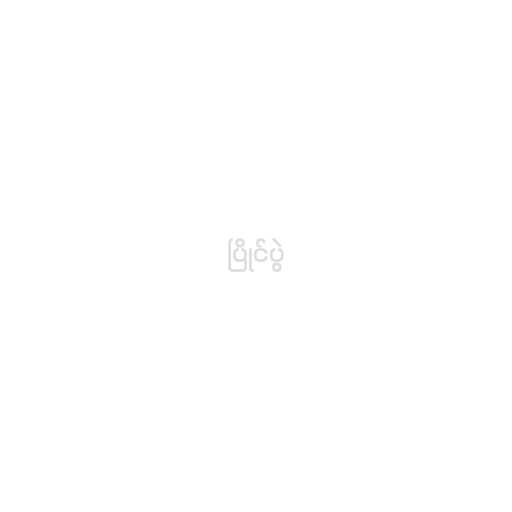
ပြိုင်ပွဲ